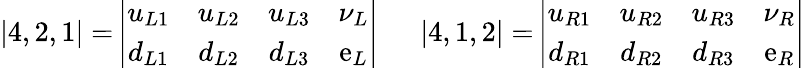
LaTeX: {\mathbf|4,2,1|=}\left|\begin{array}{cccc}{{u_{L1}}}&{{u_{L2}}}&{{u_{L3}}}&{{\nu_{L}}}\\ {{d_{L1}}}&{{d_{L2}}}&{{d_{L3}}}&{{\mathrm{e}_{L}}}\end{array}\right|\ \ \ \ \ \ {\mathbf|4,1,2|=}\left|\begin{array}{cccc}{{u_{R1}}}&{{u_{R2}}}&{{u_{R3}}}&{{\nu_{R}}}\\ {{d_{R1}}}&{{d_{R2}}}&{{d_{R3}}}&{{\mathrm{e}_{R}}}\end{array}\right|